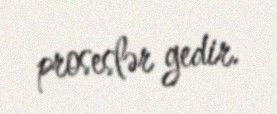
proseslər gedir.